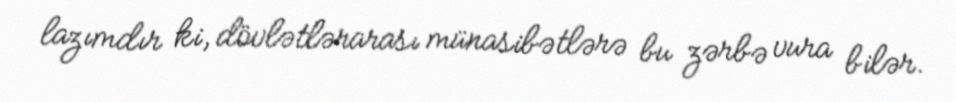
lazımdır ki, dövlətlərarası münasibətlərə bu zərbə vura bilər.